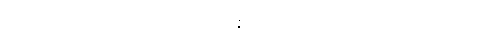
တထာဂတော၊ မြတ်စွာဘုရားသည်။ ပသန္နော၊ ကြည်ရွှင်ရကား။ သာဓူတိ၊ ကောင်း၏ဟူ၍။